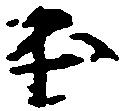
出